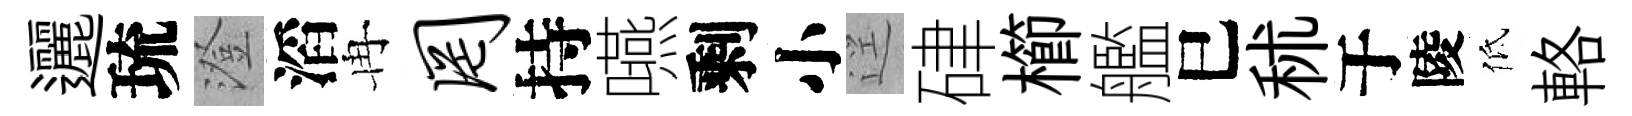
邐琉澄滔冉罔持嚥剩小逕硉櫛艦巳秫于陵低輅